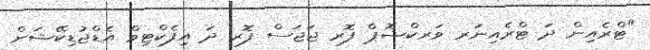
"ޓްރެއިން ދަ ޓްރެއިނަރ ވަރކްޝޮޕް ފޮރ ޖަޖަސް ފޮރ ދަ އިފެކްޓިވް އެޑްޖުޑިކޭޝަން